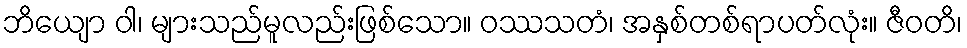
ဘိယျော ဝါ၊ များသည်မူလည်းဖြစ်သော။ ဝဿသတံ၊ အနှစ်တစ်ရာပတ်လုံး။ ဇီဝတိ၊